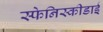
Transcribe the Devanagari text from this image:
स्फेनिस्कीडाई